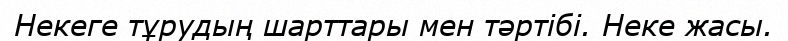
Некеге тұрудың шарттары мен тәртібі. Неке жасы.